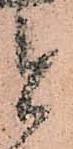
と